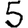
Digit: 5